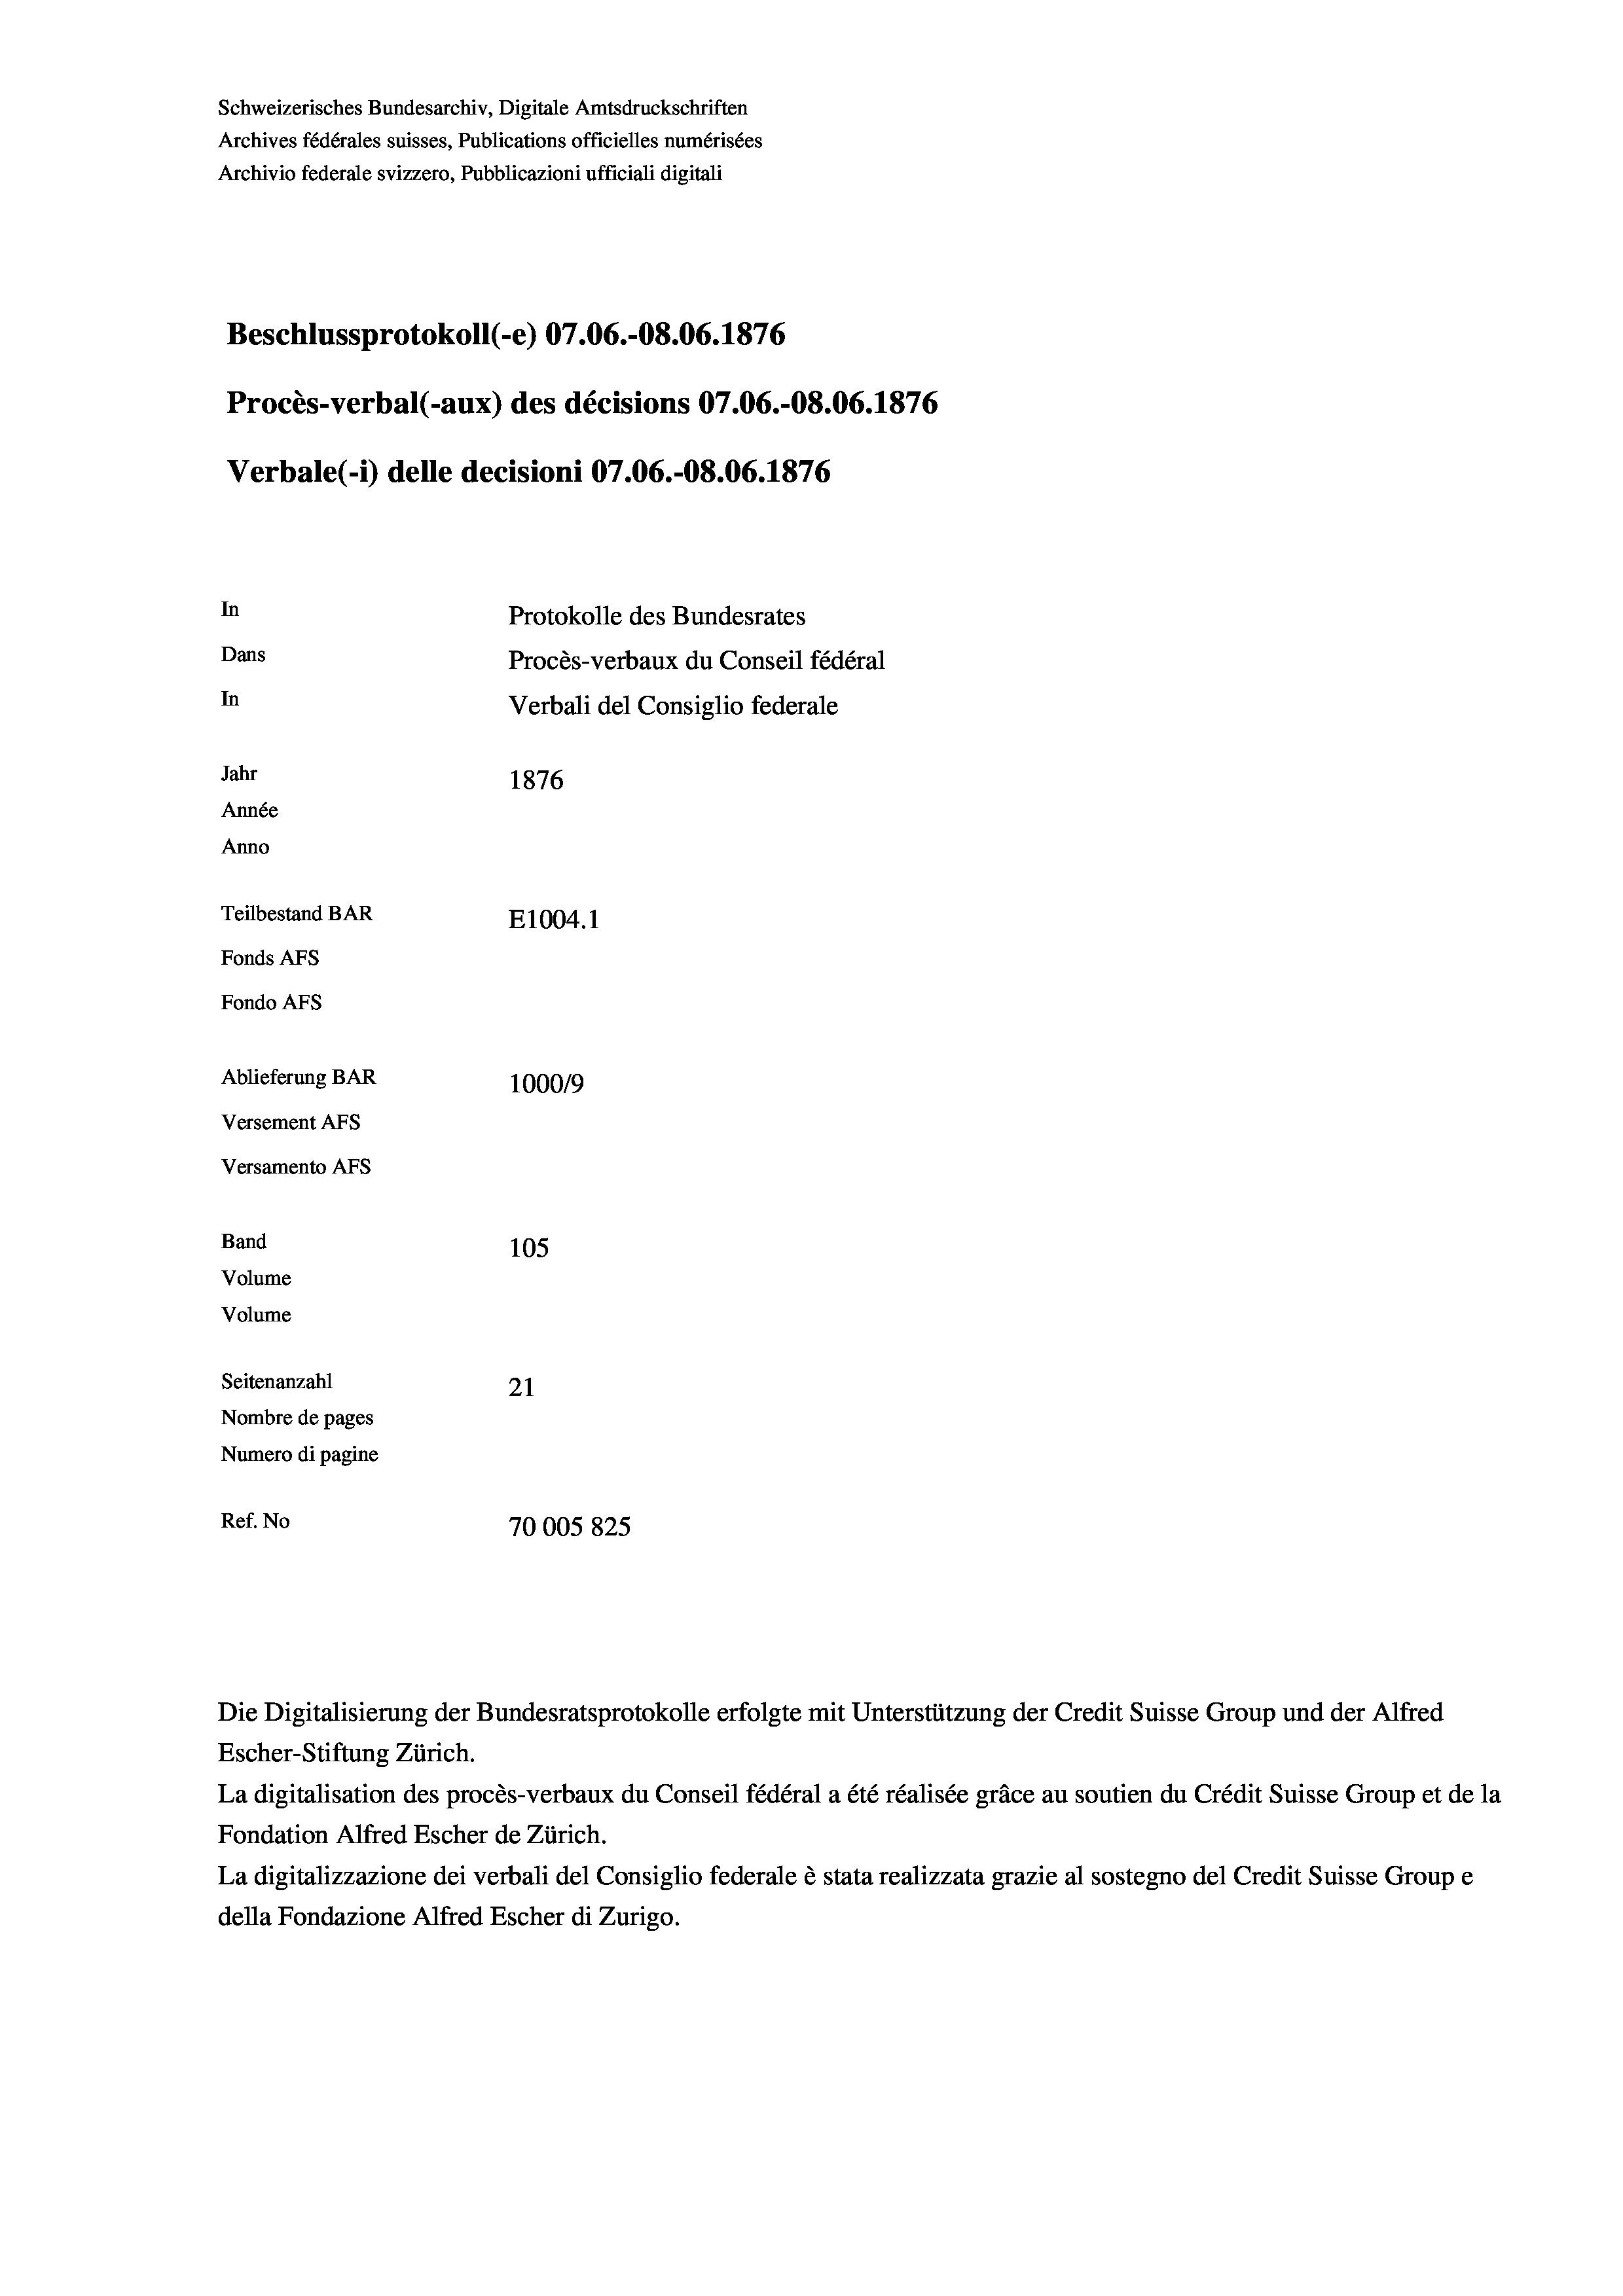
Schweizerisches Bundesarchiv, Digitale Amtsdruckschriften
Archives fédérales suisses, Publications officielles numérisées
Archivio federale svizzero, Pubblicazioni ufficiali digitali
Beschlussprotokoll (-e) 07.06.-O8.06. 1876
Procès-verbal (-aux) des décisions 07.06.-O8.06. 1876
Verbale(-*) delle decisioni 07.06.-O8.06. 1876
In
Protokolle des Bundesrates
Dans
Procès-verbaux du Conseil fédéral
In
Verbali del Consiglio federale
Jahr
1876
Année
Anno
Teilbestand BAR
E1004. 1
Fonds AFs
Fondo Afs
Ablieferung BAR
100019
Versement AFs

Versamento AFs

Volume
Volume
Seitenanzahl
Nombre de pages
Numero di pagine
Ref. No

Band

105
21
70005 825

Escher-Stiftung Zürich.
La digitalisation des procès-verbaux du Conseil fédéral a été réalisée gräce au soutien du Crédit Suisse Group et de la
Fondation Alfred Escher de Zürich.
La digitalizzazione dei verbali del Consiglio federale è stata realizzata grazie al sostegno del Credit Suisse Groupe
della Fondazione Alfred Escher di Zurigo.

Die Digitalisierung der Bundesratsprotokolle erfolgte mit Unterstützung der Credit Suisse Group und der Alfred